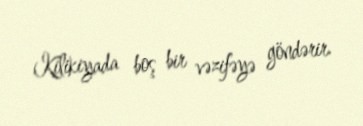
Kilikiyada boş bir vəzifəyə göndərir.